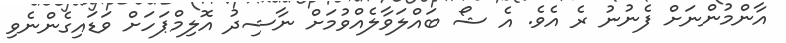
އާންމުންނަށް ފެނުނު ރެ އެވެ. އެ ޝޯ ބައްލަވާލެއްވުމަށް ނާޝިދު އޮލިމްޕަހަށް ވަޑައިގެންނެވި